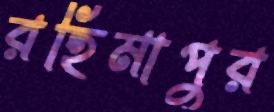
রহিমাপুর